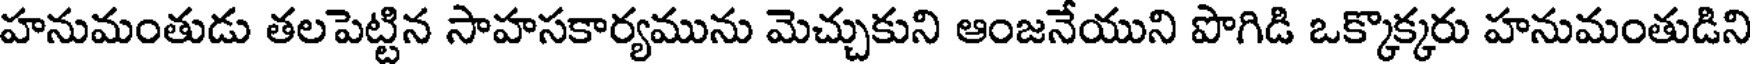
హనుమంతుడు తలపెట్టిన సాహసకార్యమును మెచ్చుకుని ఆంజనేయుని పొగిడి ఒక్కొక్కరు హనుమంతుడిని